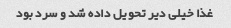
غذا خیلی دیر تحویل داده شد و سرد بود